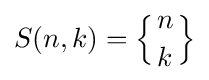
S(n,k)=\left\{{n \atop k}\right\}